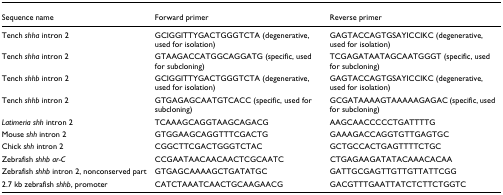
<table><thead><tr><td><b>Sequence name</b></td><td><b>Forward primer</b></td><td><b>Reverse primer</b></td></tr></thead><tbody><tr><td>Tench <i>shha </i>intron 2</td><td>GCIGGITTYGACTGGGTCTA (degenerative, used for isolation)</td><td>GAGTACCAGTGSAYICCIKC (degenerative, used for isolation)</td></tr><tr><td>Tench <i>shha </i>intron 2</td><td>GTAAGACCATGGCAGGATG (specific, used for subcloning)</td><td>TCGAGATAATAGCAATGGGT (specific, used for subcloning)</td></tr><tr><td>Tench <i>shhb </i>intron 2</td><td>GCIGGITTYGACTGGGTCTA (degenerative, used for isolation)</td><td>GAGTACCAGTGSAYICCIKC (degenerative, used for isolation)</td></tr><tr><td>Tench <i>shhb </i>intron 2</td><td>GTGAGAGCAATGTCACC (specific, used for subcloning)</td><td>GCGATAAAAGTAAAAAGAGAC (specific, used for subcloning)</td></tr><tr><td><i>Latimeria shh </i>intron 2</td><td>TCAAAGCAGGTAAGCAGACG</td><td>AAGCAACCCCCTGATTTTG</td></tr><tr><td>Mouse <i>shh </i>intron 2</td><td>GTGGAAGCAGGTTTCGACTG</td><td>GAAAGACCAGGTGTTGAGTGC</td></tr><tr><td>Chick <i>shh </i>intron 2</td><td>CGGCTTCGACTGGGTCTAC</td><td>GCTGCCACTGAGTTTTCTGC</td></tr><tr><td>Zebrafish <i>shhb ar-C</i></td><td>CCGAATAACAACAACTCGCAATC</td><td>CTGAGAAGATATACAAACACAA</td></tr><tr><td>Zebrafish <i>shhb </i>intron 2, nonconserved part</td><td>GTGAGCAAAAGCTGATATGC</td><td>GATTGCGAGTTGTTGTTATTCGG</td></tr><tr><td>2.7 kb zebrafish <i>shhb</i>, promoter</td><td>CATCTAAATCAACTGCAAGAACG</td><td>GACGTTTGAATTATCTCTTCTGGTC</td></tr></tbody></table>